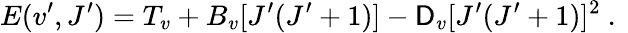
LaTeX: E(v^{\prime},J^{\prime})=T_{v}+B_{v}[J^{\prime}(J^{\prime}+1)]-\mathsf{D}_{v}[J^{\prime}(J^{\prime}+1)]^{2}\mathrm{{~.~}}